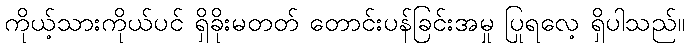
ကိုယ့်သားကိုယ်ပင် ရှိခိုးမတတ် တောင်းပန်ခြင်းအမှု ပြုရလေ့ ရှိပါသည်။